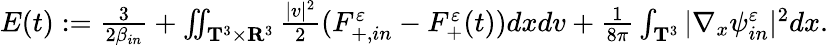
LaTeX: \begin{array}{r}{E(t):=\frac{3}{2\beta_{in}}+\iint_{\mathbf T^{3}\times\mathbf R^{3}}\frac{|v|^{2}}{2}(F_{+,in}^{\varepsilon}-F_{+}^{\varepsilon}(t))dxdv+\frac{1}{8\pi}\int_{\mathbf T^{3}}|\nabla_{x}\psi_{in}^{\varepsilon}|^{2}dx.}\end{array}